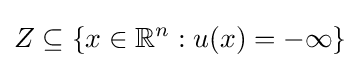
Z\subseteq \{x\in \mathbb {R} ^{n}:u(x)=-\infty \}